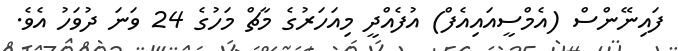
ފައިނޭންސް (އެމްސީއައިއެފް) އުފެއްދީ މިއަހަރުގެ މާޗް މަހުގެ 24 ވަނަ ދުވަހު އެވެ.